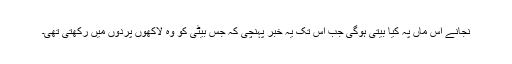
نجانے اس ماں پہ کیا بیتی ہوگی جب اس تک یہ خبر پہنچی کہ جس بیٹی کو وہ لاکھوں پردوں میں رکھتی تھی۔